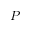
P